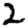
Digit: 2